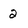
Character: 2